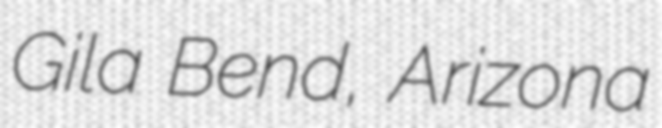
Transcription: Gila Bend, Arizona